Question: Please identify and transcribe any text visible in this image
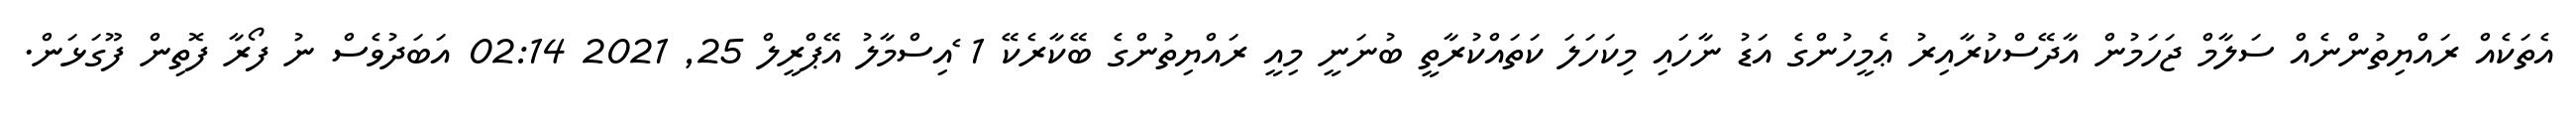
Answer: އެތަކެއް ރައްޔިތުންނެއް ސަލާމް ޖަހަމުން އާދޭސްކުރާއިރު ޢެމީހުންގެ އަޑު ނާހައި މިކަހަލަ ކަތައްކުރާތީ ބުނަނީ މިއީ ރައްޔިތުންގެ ބޭކާރެކޭ 1 ެއިސްމާލު އޭޕްރީލް 25, 2021 02:14 އަބަދުވެސް ނު ފޯރާ ފޮތިން ފޫގަޅަން.